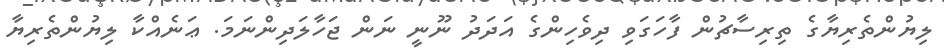
ލިޔުންތެރިޔާގެ ތިރިސާޗުން ފާހަގަވި ދިވެހިންގެ އަދަދު ނޫނީ ނަން ޖަހާލަދިންނަމަ. ޢަނެއްކާ ލިޔުންތެރިޔާ